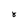
Character: 8